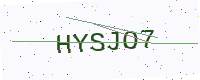
Text: HYSJO7